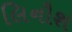
લિનૌશ